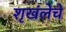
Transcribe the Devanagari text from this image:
शृखंलेचे